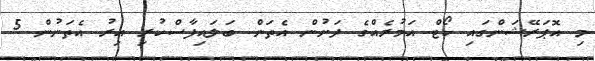
މި އޮޕަރޭޝަންގައި ކޯޓް އަމުރެއްގެ ދަށުން އެތަން ބަލައިފާސްކުރި އިރު އެތަނުން 5